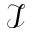
\mathcal I